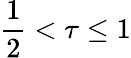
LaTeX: \frac{1}{2}<\tau\leq 1